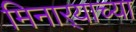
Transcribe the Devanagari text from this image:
मिनार्‍याच्या